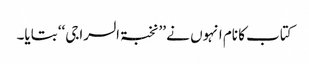
کتاب کا نام انہوں نے ’’نخبۃ السراجی‘‘ بتایا۔